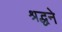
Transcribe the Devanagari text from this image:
श्रद्धने